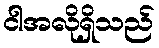
ငါအလိုရှိသည်